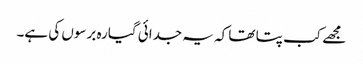
مجھے کب پتا تھا کہ یہ جدائی گیارہ برسوں کی ہے۔